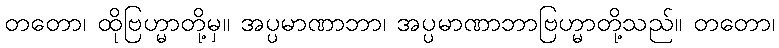
တတော၊ ထိုဗြဟ္မာတို့မှ။ အပ္ပမာဏာဘာ၊ အပ္ပမာဏာဘာဗြဟ္မာတို့သည်။ တတော၊